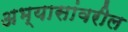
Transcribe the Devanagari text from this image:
अभ्यासांवरील